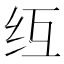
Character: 𫄚